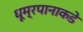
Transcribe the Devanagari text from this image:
धूम्रपानाकडे